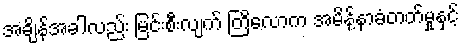
အချိန်အခါလည်း မြင်းစီးလျက် တြိလောက အမိန့်နာခံတတ်မှုနှင့်